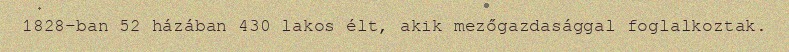
1828-ban 52 házában 430 lakos élt, akik mezőgazdasággal foglalkoztak.